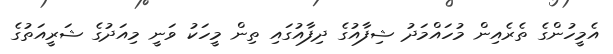
އެމީހުންގެ ތެރެއިން މުހައްމަދު ޝިފާއުގެ ދިފާއުގައި ތިން މީހަކު ވަނީ މިއަދުގެ ޝަރީއަތުގެ